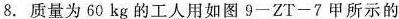
8.质量为60kg的工人用如图9-ZT-7甲所示的